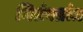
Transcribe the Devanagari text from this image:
नितंबप्रांत